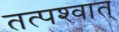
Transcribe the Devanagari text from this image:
तत्‍पश्‍वात्